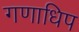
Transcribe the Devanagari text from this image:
गणाधिप